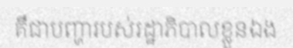
គឺជាបញ្ហារបស់រដ្ឋាភិបាលខ្លួនឯង